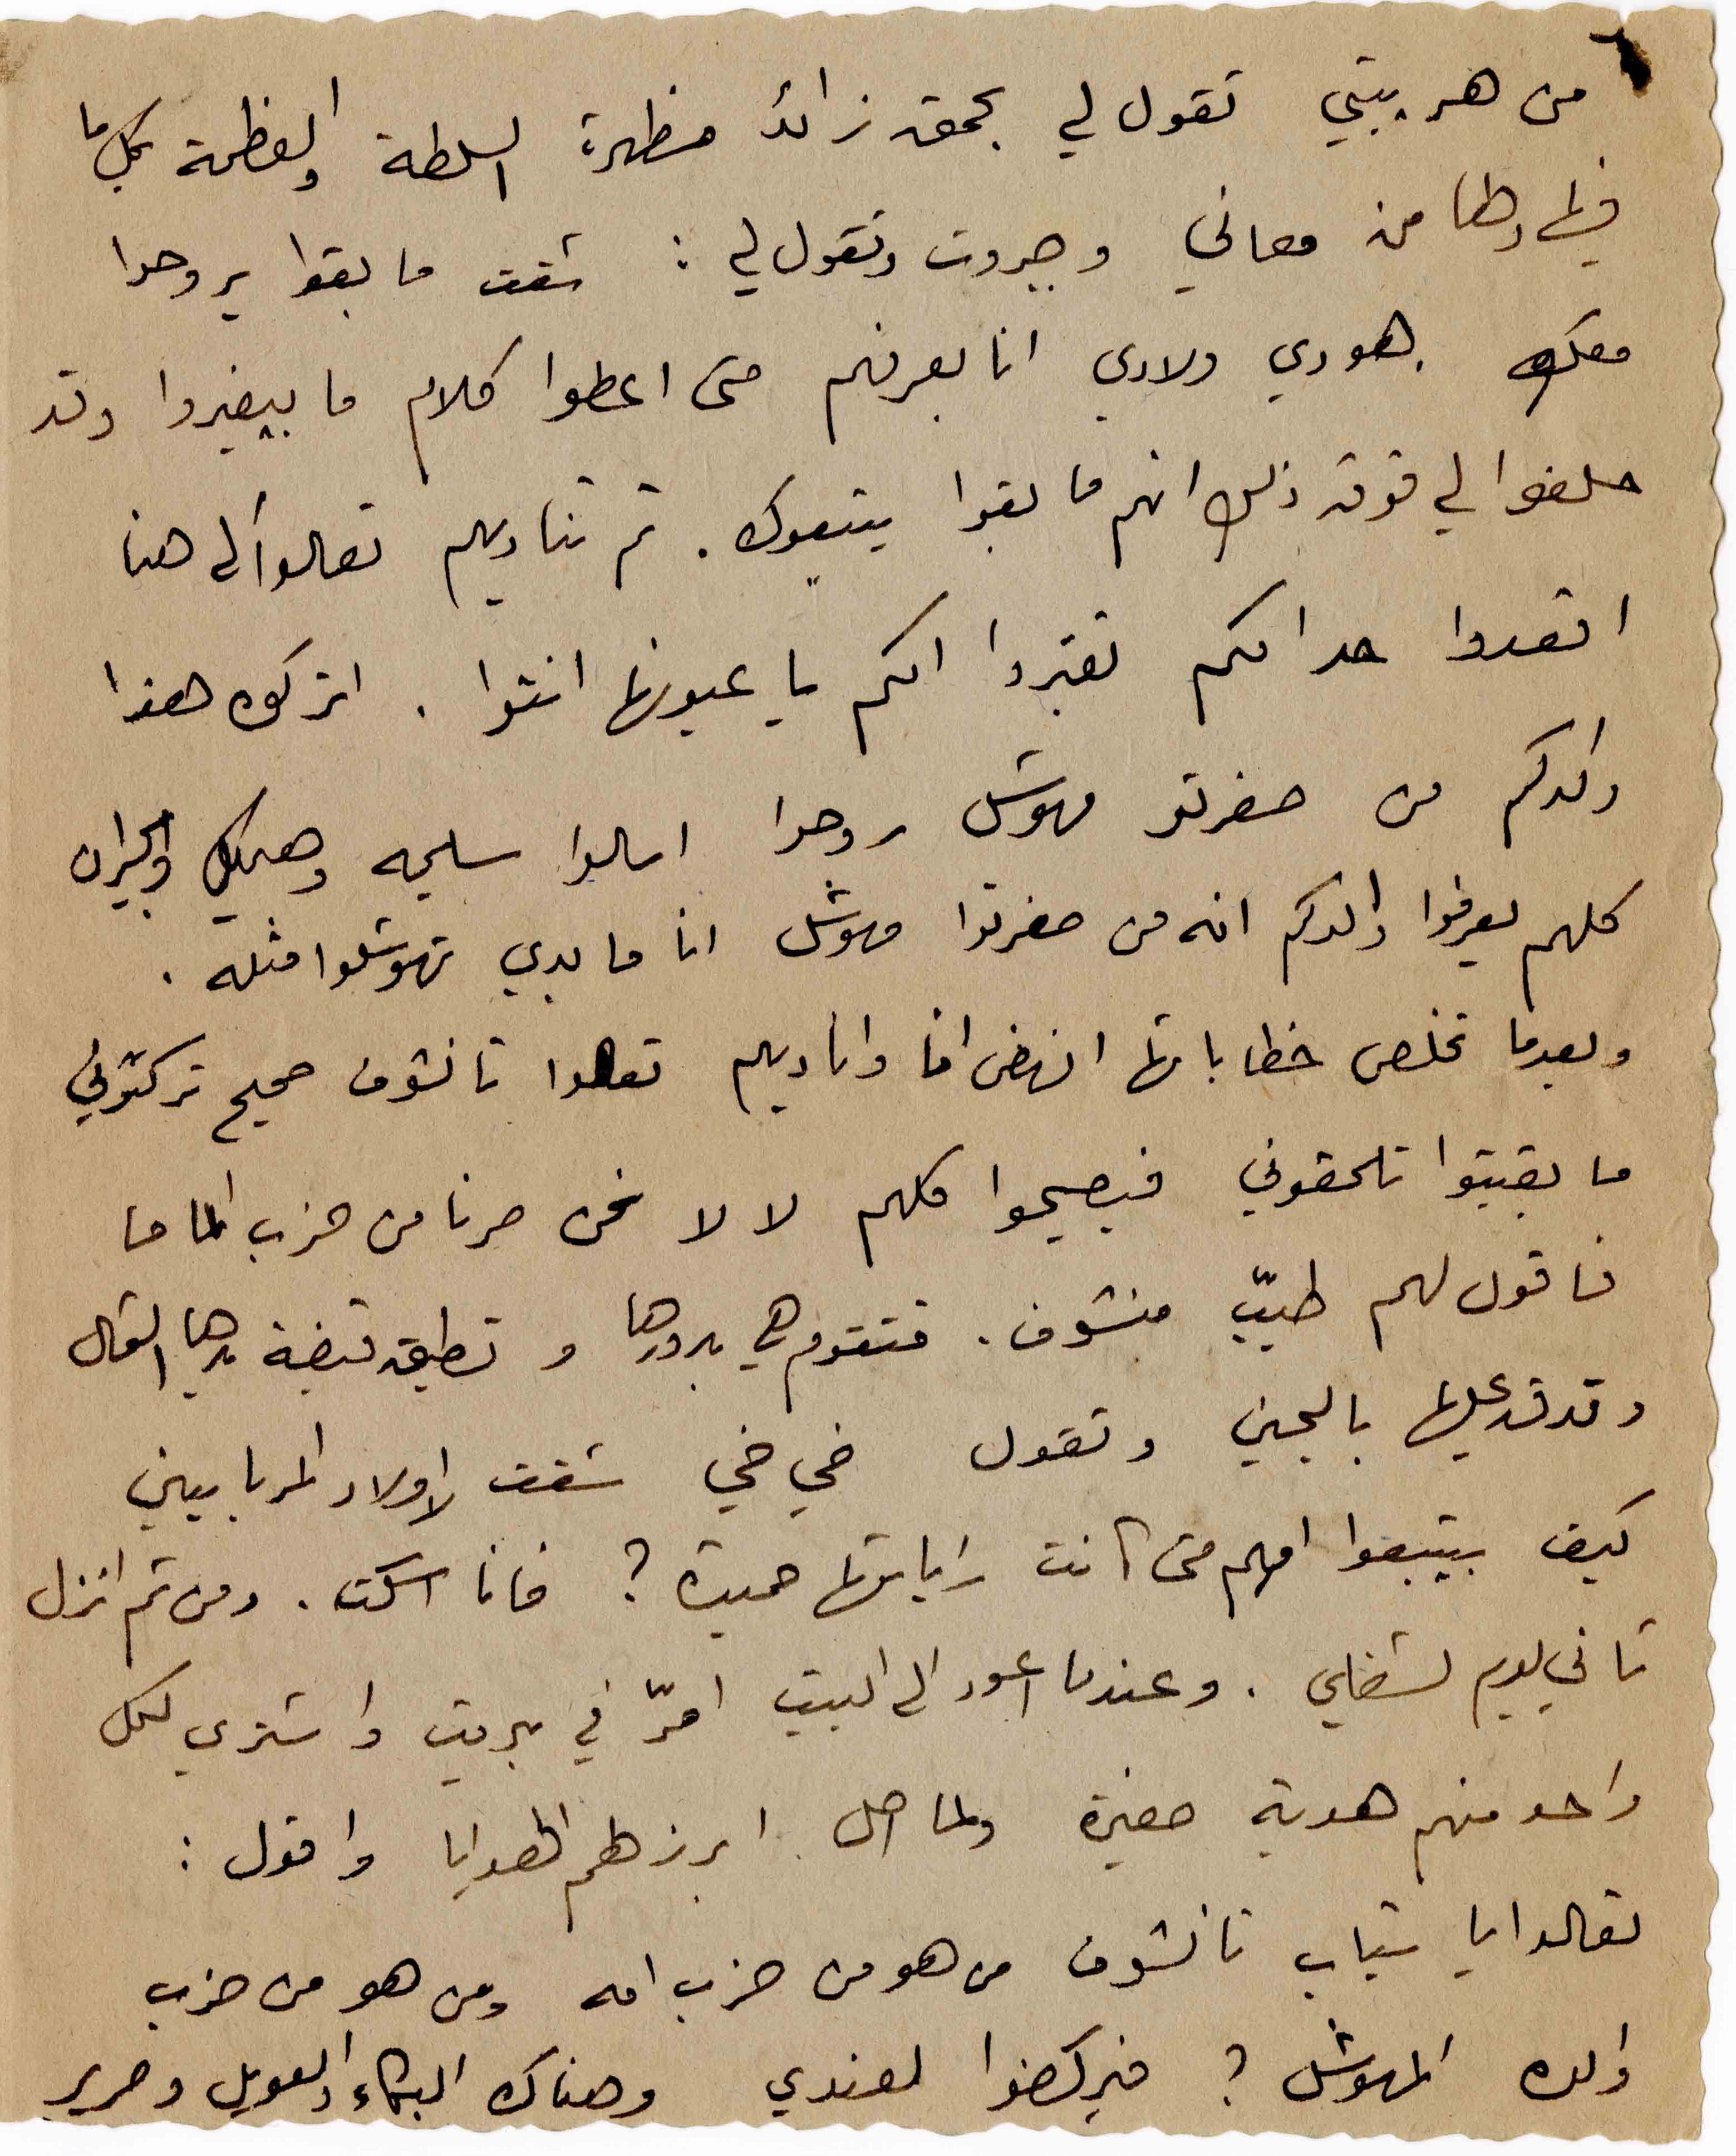
٦ من هريبتي تقول لي بحمق زائد مظهرة السلطة والعظمة بكل ما
فيها رضا من معاني وجبروت وتقول لي : شفت ما بقوا يروحوا
معك. هودي ولادي انا بعرفهم متى اعطوا كلام ما بيغيروا وقد
حلفوا لي فوق ذلك انهم ما بقوا يتبعوك. ثم تناديهم تعالوا الى هنا
اقعدوا حد امكم تقبروا امكم يا عيونها انتوا. اتركوه هذا
والدكم من صغرتو مهوشل روحوا اسالوا سليمه وهيكل والجيران
كلهم يعرفوا والدكم انه من صغرتوا مهوشل انا ما بدي تهوشلوا مثله.
وبعدما تخلص خطاباتها انهض انا واناديهم تعالوا تا نشوف صحيح تركتوني
ما بقيتوا تلحقوني فيصيحوا كلهم لا لا نحن صرنا من حزب الماما
فاقول لهم طيّب منشوف. فتقوم هي بدورها وتطبق قبضة يدها الشمال
وتدق عليها باليمين وتقول خي خي شفت الاولاد المربايين
كيف بيتبعوا امهم متى كانت راياتها حميدة؟ فانا اسكت. ومن ثم انزل
تاني يوم لشغلي. وعندما اعود الى البيت امرّ في عبرين واشتري لكل
واحد منهم هدية صغيرة ولما اصل ابرزلهم الهدايا واقول:
تعالوا يا شباب تانشوف من هو من حزب امه ومن هو من حزب
والده المهوشل؟ فيركضوا لعندي وهناك البكاء والعويل وصرير